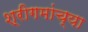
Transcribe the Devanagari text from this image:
श्रीगमांच्या